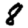
Digit: 8